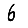
Digit: 6